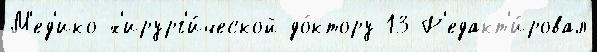
М'ед'ико-х'ирург'и́ческой до́ктору 13 Р'едакт'и́ровал